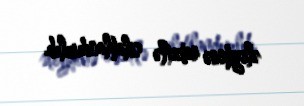
əleyhinə raketlə silahlandırılıb.